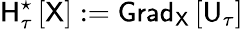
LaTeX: {\sf H}_{\tau}^{\star}\left[\sf X\right]:={\sf Grad}_{\sf X}\left[{\sf U}_{\tau}\right]